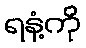
ရနံ့ကို